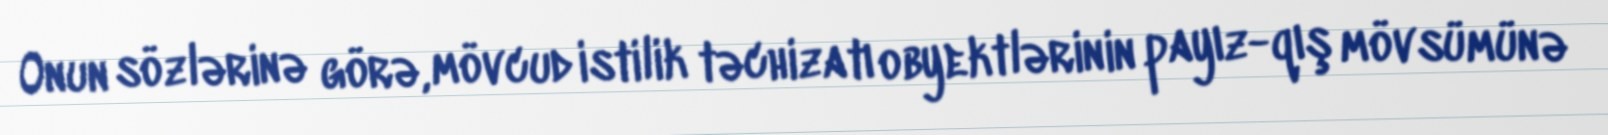
Onun sözlərinə görə, mövcud istilik təchizatı obyektlərinin payız-qış mövsümünə